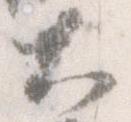
大